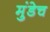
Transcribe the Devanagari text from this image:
मुंडेच